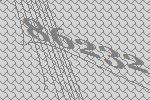
86232